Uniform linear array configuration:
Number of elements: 8
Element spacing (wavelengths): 1
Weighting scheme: hamming
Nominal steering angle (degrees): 30
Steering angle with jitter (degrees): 31.19
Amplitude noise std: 0.05
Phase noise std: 0.05

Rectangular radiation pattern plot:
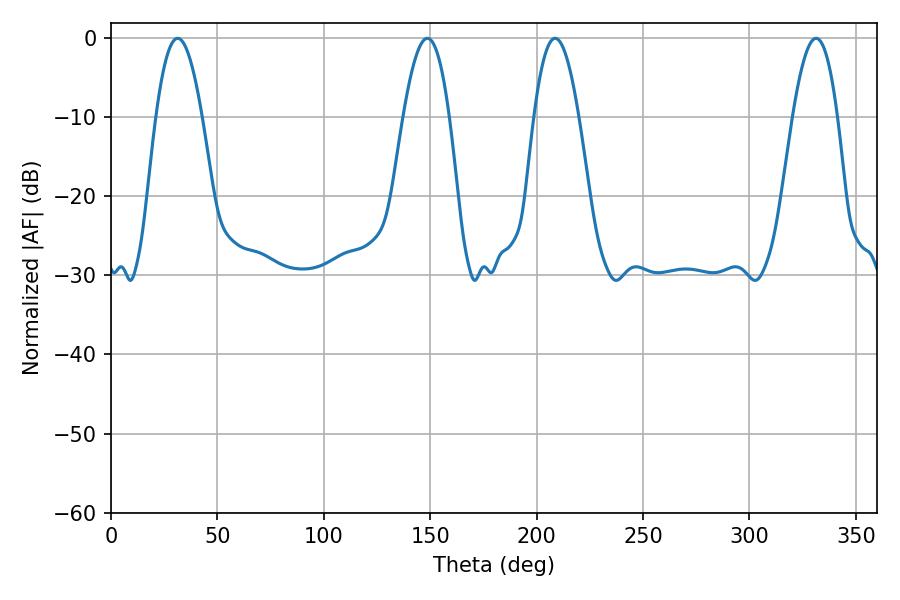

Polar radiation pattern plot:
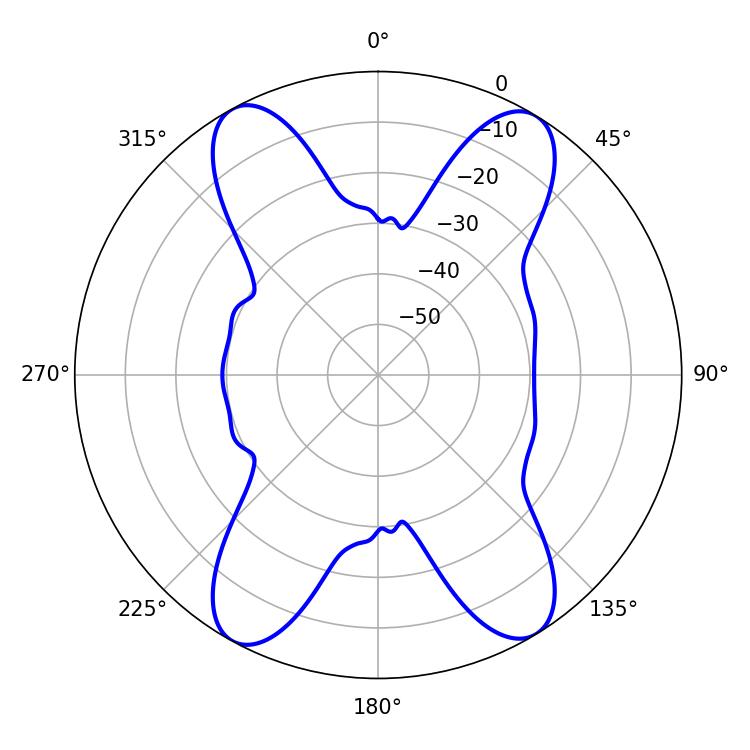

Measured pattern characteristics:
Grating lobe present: TRUE
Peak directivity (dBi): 19.078
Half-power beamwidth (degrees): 11.88
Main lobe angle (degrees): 31.32